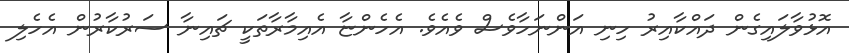
އޮޅުވާލައިގެން ދައްކާއިރު ހިނި އަންނަހާވެސް ވެއެވެ. އެހެންޏާ އެއިމާރާތަކީ ޗައިނާ ސަރުކާރުން އެހެލި